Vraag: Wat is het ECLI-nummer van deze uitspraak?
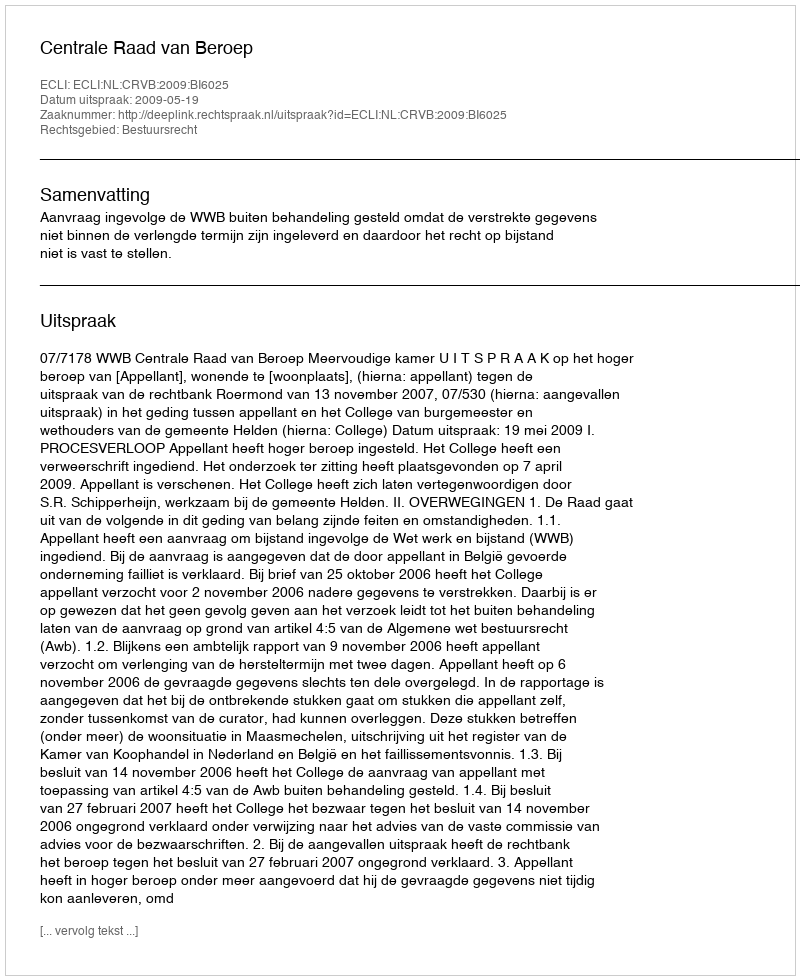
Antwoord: ECLI:NL:CRVB:2009:BI6025